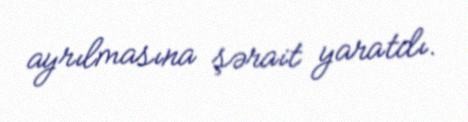
ayrılmasına şərait yaratdı.